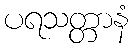
ပရသတ္တာနံ